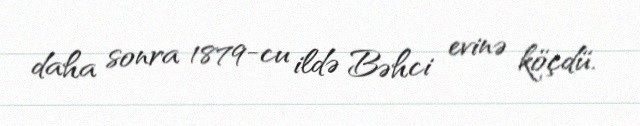
daha sonra 1879-cu ildə Bəhci evinə köçdü.